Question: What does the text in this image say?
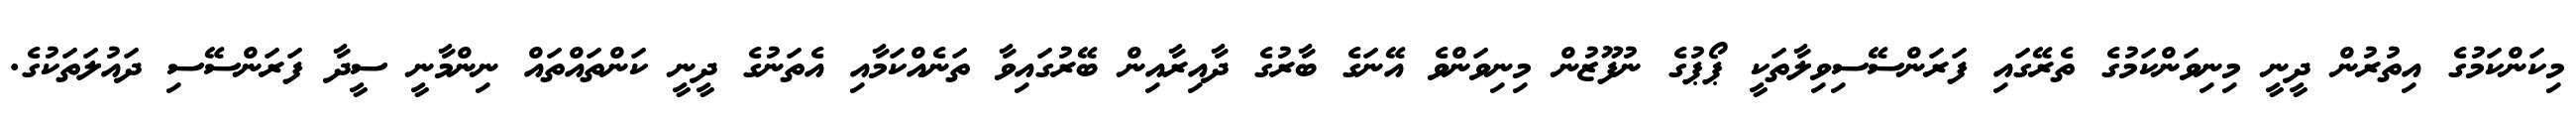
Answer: މިކަންކަމުގެ އިތުރުން ދީނީ މިނިވަންކަމުގެ ތެރޭގައި ފަރަންސޭސިވިލާތަކީ ޕޯޕުގެ ނުފޫޒުން މިނިވަންވެ އޭނަގެ ބާރުގެ ދާއިރާއިން ބޭރުގައިވާ ތަނެއްކަމާއި އެތަނުގެ ދީނީ ކަންތައްތައް ނިންމާނީ ސީދާ ފަރަންސޭސި ދައުލަތަކުގެ.